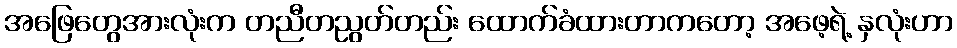
အဖြေတွေအားလုံးက တညီတညွတ်တည်း ထောက်ခံထားတာကတော့ အဖေ့ရဲ့ နှလုံးဟာ